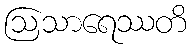
ဩသာရေဿတိ